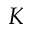
K